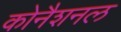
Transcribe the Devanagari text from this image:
कोनैशनल